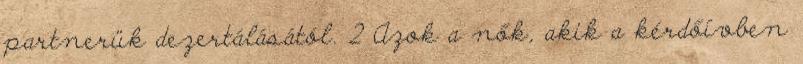
partnerük dezertálásától. 2 Azok a nők, akik a kérdőívben